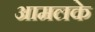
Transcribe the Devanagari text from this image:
आमलके